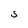
Character: S